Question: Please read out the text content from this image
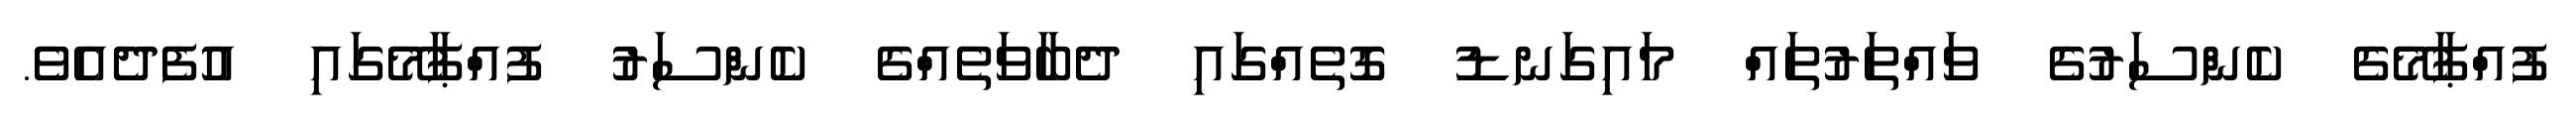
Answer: ފުއްޕާމޭގެ ކެންސަރުގެ ވައްތަރުތައް މައިގަނޑު ގޮތެއްގައި ދެބާވަތެއްގެ ކެންސަރު ފުއްޕާމޭގައި އުފެދެއެވެ.